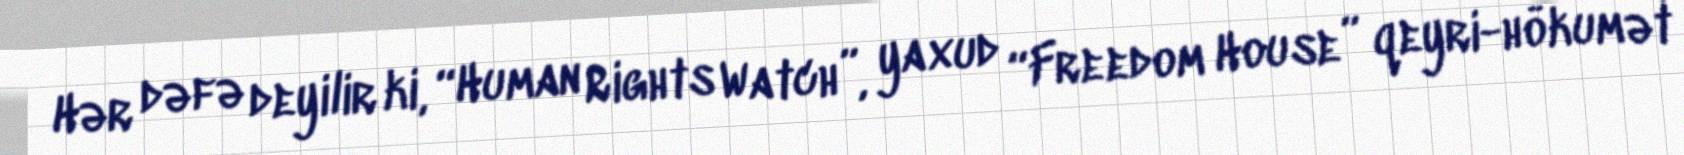
Hər dəfə deyilir ki, “Human Rights Watch”, yaxud “Freedom House” qeyri-hökumət